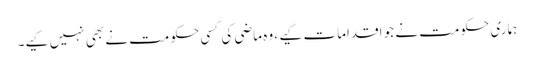
ہماری حکومت نے جو اقدامات کیے ، وہ ماضی کی کسی حکومت نے بھی نہیں کیے۔